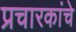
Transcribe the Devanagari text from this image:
प्रचारकांचे